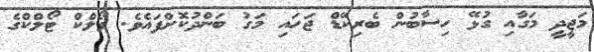
މަޖީދީ މަގާއި ގުޅޭ ހިސާބުން ބެރިކޭޑް ޖަހައި މަގު ބަންދުކޮށްފައެވެ. ވޯލްކް ޓޯލްކްގެ